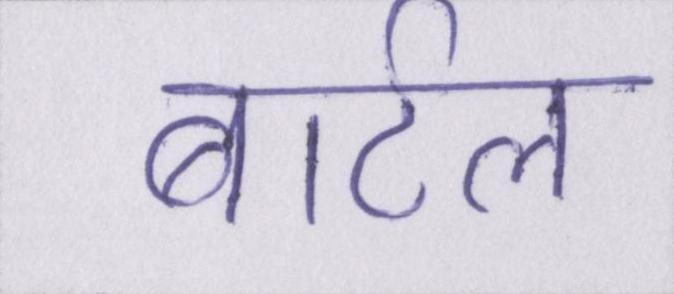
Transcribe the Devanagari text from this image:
बार्टल